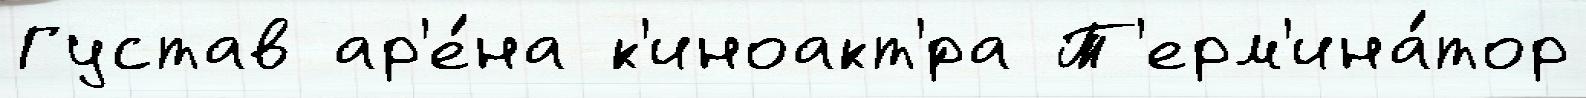
Густав ар'е́на к'иноакт'́ра Т'ерм'ина́тор